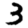
Digit: 3